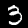
Label: 3